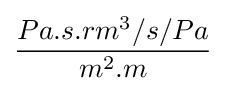
{\frac {Pa.s.rm^{3}/s/Pa}{m^{2}.m}}